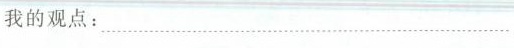
我的观点：…………